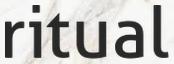
ritual